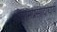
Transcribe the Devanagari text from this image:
श्रीरामप्रसादाचार्य